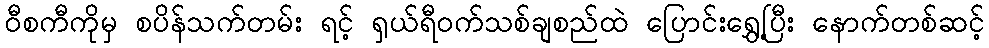
ဝီစကီကိုမှ စပိန်သက်တမ်း ရင့် ရှယ်ရီဝက်သစ်ချစည်ထဲ ပြောင်းရွှေ့ပြီး နောက်တစ်ဆင့်